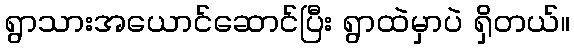
ရွာသားအယောင်ဆောင်ပြီး ရွာထဲမှာပဲ ရှိတယ်။